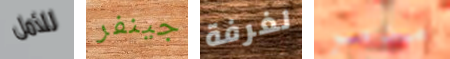
للأمل جينفر لغرفة مدمر